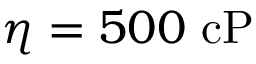
\eta = 5 0 0 ~ \mathrm { c P }